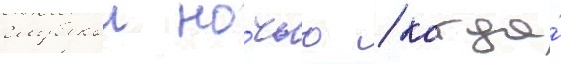
глубокои но́чью / когда́